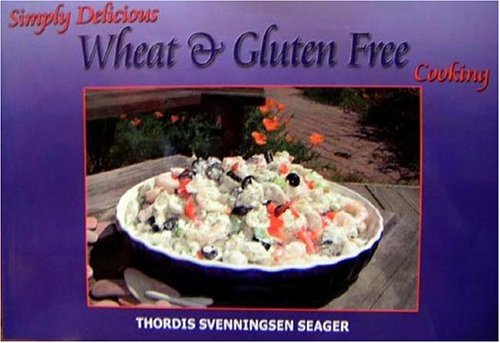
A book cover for Simply Delicious Wheat and Gluten Free Cooking (Simply Delicious Cookbooks); Thordis Svenningsen Seager; Health, Fitness & Dieting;